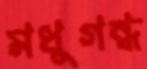
মধুগন্ধ